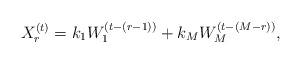
LaTeX: \begin{align*}X_r^{(t)}=k_1W_1^{(t-(r-1))}+k_MW_M^{(t-(M-r))},\end{align*}